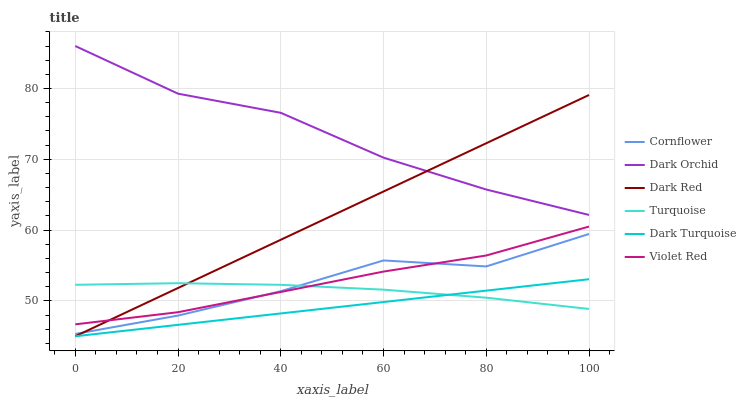
| xaxis_label | Cornflower | Dark Orchid | Dark Red | Turquoise | Dark Turquoise | Violet Red |
 | --- | --- | --- | --- | --- | --- | --- |
 | 0 | 45.3 | 86 | 45 | 52.3 | 45 | 46.7 |
 | 20 | 47.9 | 79.3 | 51.8 | 52.5 | 46.6 | 48.4 |
 | 40 | 51.4 | 76.6 | 58.6 | 52.3 | 48.2 | 51.3 |
 | 60 | 55.7 | 70.2 | 65.4 | 51.6 | 49.8 | 54.1 |
 | 80 | 54.9 | 65.7 | 72.3 | 50.4 | 51.4 | 56.4 |
 | 100 | 59.4 | 62.1 | 79.1 | 48.9 | 53.1 | 60.5 |